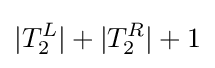
|T_{2}^{L}|+|T_{2}^{R}|+1